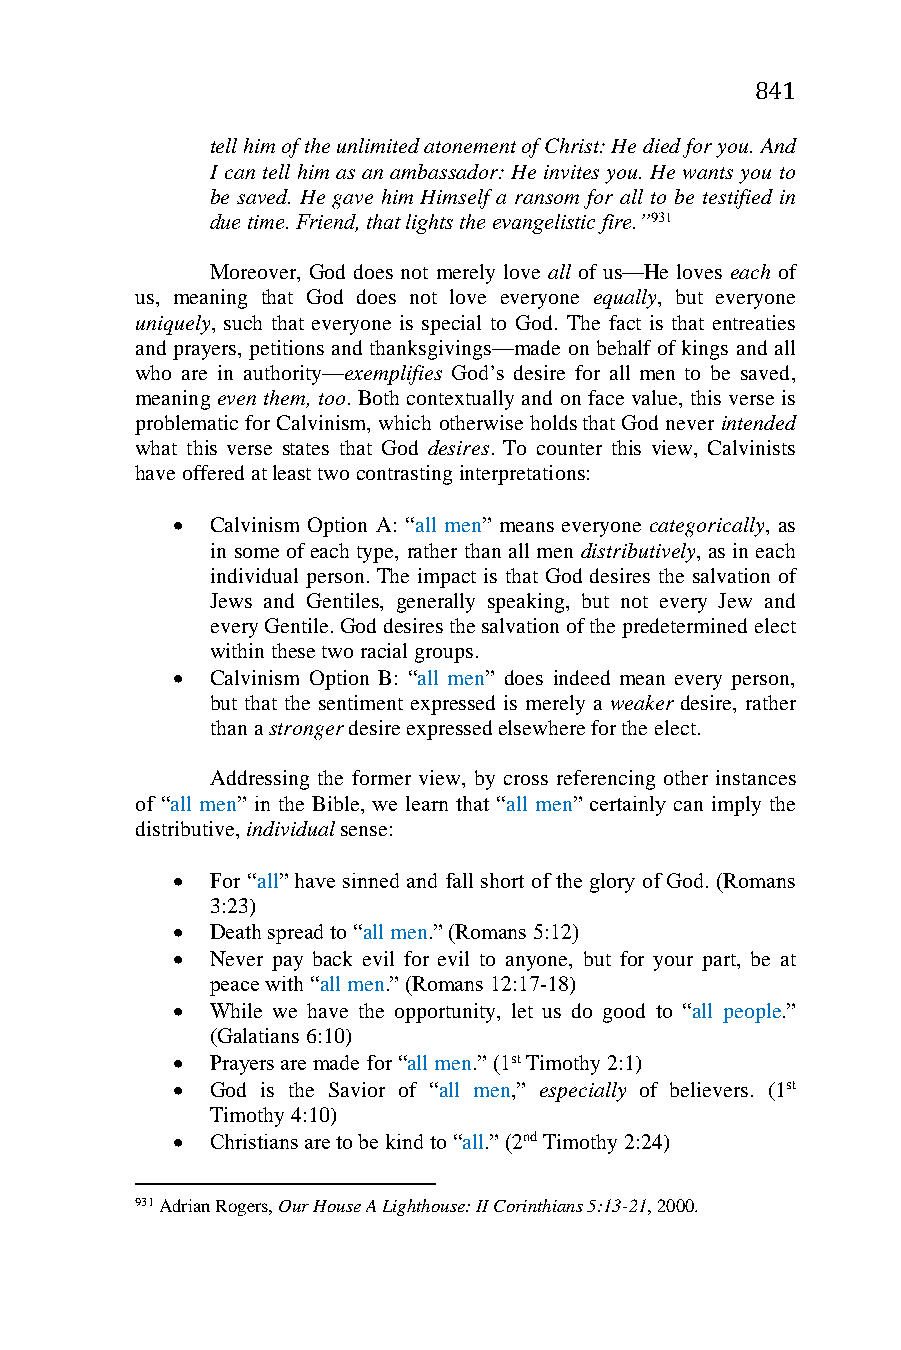
841
 tell him of the unlimited atonement of Christ: He died for you. And
 I can tell him as an ambassador: He invites you. He wants you to
 be saved. He gave him Himself a ransom for all to be testified in
 due time. Friend, that lights the evangelistic fire.”931
 Moreover, God does not merely love all of us—He loves each of
 us, meaning that God does not love everyone equally, but everyone
 uniquely, such that everyone is special to God. The fact is that entreaties
 and prayers, petitions and thanksgivings—made on behalf of kings and all
 who are in authority—exemplifies God’s desire for all men to be saved,
 meaning even them, too. Both contextually and on face value, this verse is
 problematic for Calvinism, which otherwise holds that God never intended
 what this verse states that God desires. To counter this view, Calvinists
 have offered at least two contrasting interpretations:
   Calvinism Option A: “all men” means everyone categorically, as
 in some of each type, rather than all men distributively, as in each
 individual person. The impact is that God desires the salvation of
 Jews and Gentiles, generally speaking, but not every Jew and
 every Gentile. God desires the salvation of the predetermined elect
 within these two racial groups.
   Calvinism Option B: “all men” does indeed mean every person,
 but that the sentiment expressed is merely a weaker desire, rather
 than a stronger desire expressed elsewhere for the elect.
 Addressing the former view, by cross referencing other instances
 of “all men” in the Bible, we learn that “all men” certainly can imply the
 distributive, individual sense:
   For “all” have sinned and fall short of the glory of God. (Romans
 3:23)
   Death spread to “all men.” (Romans 5:12)
   Never pay back evil for evil to anyone, but for your part, be at
 peace with “all men.” (Romans 12:17-18)
   While we have the opportunity, let us do good to “all people.”
 (Galatians 6:10)
   Prayers are made for “all men.” (1st Timothy 2:1)
   God is the Savior of “all men,” especially of believers. (1st
 Timothy 4:10)
   Christians are to be kind to “all.” (2nd Timothy 2:24)
 931 Adrian Rogers, Our House A Lighthouse: II Corinthians 5:13-21, 2000.